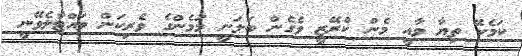
ކަމެކޭ ތިޔާ ވާއީ މެން ކްރޭޒީ ވެގެން ބަލަނީ މަމެންގެ ވެރިކަން ވަައްޓާލެވޭނީ